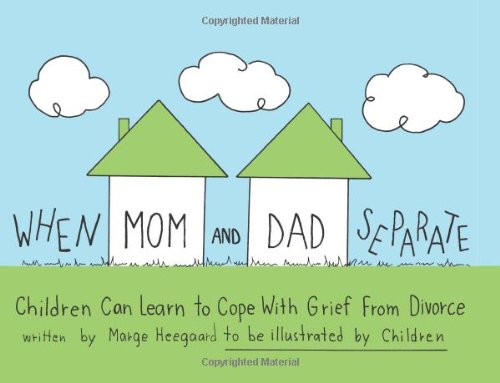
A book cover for When Mom and Dad Separate: Children Can Learn to Cope with Grief from Divorce; Marge Heegaard; Parenting & Relationships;